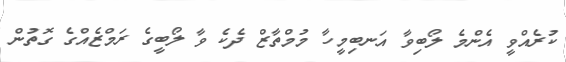
ކުރެއްވީ އެންމެ ލޯބިވާ އަނބިމީހާ މުމްތާޒް ދެކެ ވާ ލޯބީގެ ރަމްޒެއްގެ ގޮތުން